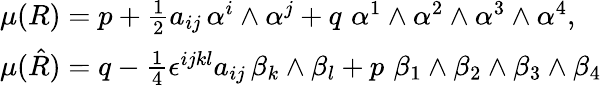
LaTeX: \begin{array}{l}{{\mu(R)=p+\frac{1}{2}a_{ij}\, \alpha^{i}\wedge\alpha^{j}+q\, \, \alpha^{1}\wedge\alpha^{2}\wedge\alpha^{3}\wedge\alpha^{4},}}\\ {{\mu(\hat{R})=q-\frac{1}{4}\epsilon^{ijkl}a_{ij}\, \beta_{k}\wedge\beta_{l}+p\, \, \beta_{1}\wedge\beta_{2}\wedge\beta_{3}\wedge\beta_{4}}}\end{array}